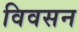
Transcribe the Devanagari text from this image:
विवसन